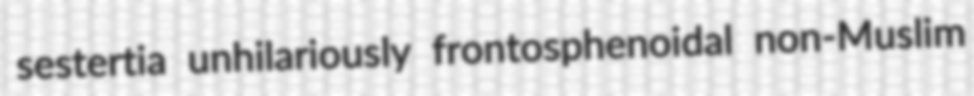
sestertia unhilariously frontosphenoidal non-Muslim